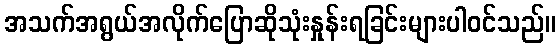
အသက်အရွယ်အလိုက်ပြောဆိုသုံးနှုန်းရခြင်းများပါဝင်သည်။